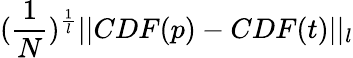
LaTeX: (\frac{1}{N})^{\frac{1}{l}}||CDF(p)-CDF(t)||_{l}